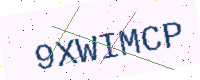
Text: 9XWIMCP